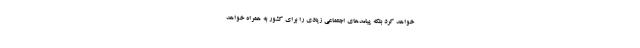
خواهد کرد بلکه پیامدهای اجتماعی زیادی را برای کشور به همراه خواهد